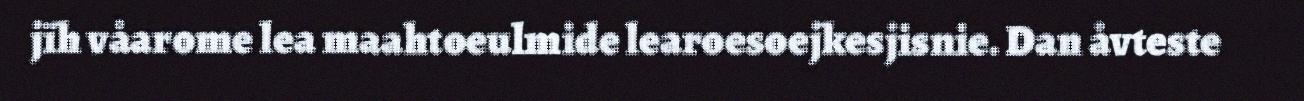
jïh våarome lea maahtoeulmide learoesoejkesjisnie. Dan åvteste